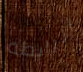
الرابطة